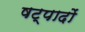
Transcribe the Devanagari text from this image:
षट्पादों